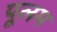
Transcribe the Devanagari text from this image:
पूलम